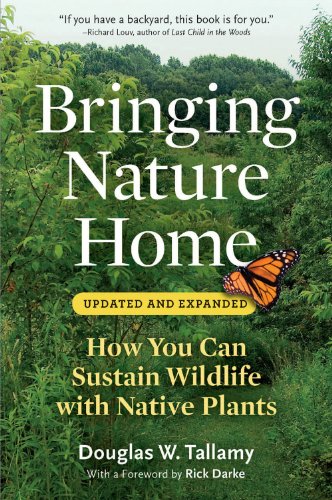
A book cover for Bringing Nature Home: How You Can Sustain Wildlife with Native Plants, Updated and Expanded; Douglas W. Tallamy; Crafts, Hobbies & Home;